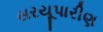
સરયૂપારીણ